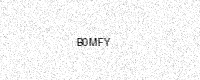
Text: B0MFY